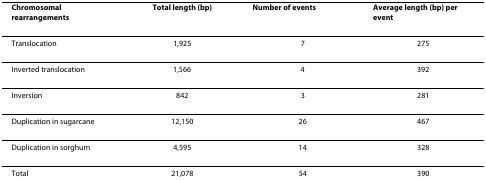
<table><thead><tr><td><b>Chromosomal rearrangements</b></td><td><b>Total length (bp)</b></td><td><b>Number of events</b></td><td><b>Average length (bp) per event</b></td></tr></thead><tbody><tr><td>Translocation</td><td>1,925</td><td>7</td><td>275</td></tr><tr><td>Inverted translocation</td><td>1,566</td><td>4</td><td>392</td></tr><tr><td>Inversion</td><td>842</td><td>3</td><td>281</td></tr><tr><td>Duplication in sugarcane</td><td>12,150</td><td>26</td><td>467</td></tr><tr><td>Duplication in sorghum</td><td>4,595</td><td>14</td><td>328</td></tr><tr><td>Total</td><td>21,078</td><td>54</td><td>390</td></tr></tbody></table>